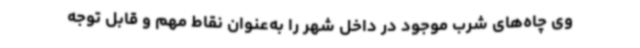
وی چاه‌های شرب موجود در داخل شهر را به‌عنوان نقاط مهم و قابل توجه